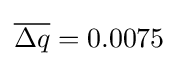
{\overline {\Delta q}}=0.0075